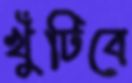
খুঁটিবে